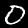
Label: 0